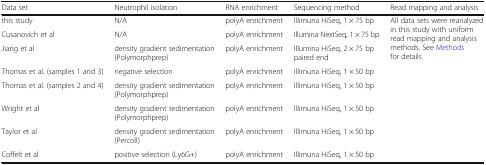
| Data set | Neutrophil isolation | RNA enrichment | Sequencing method | Read mapping and analysis |
 | --- | --- | --- | --- | --- |
 | this study | N/A | polyA enrichment | Illimuna HiSeq, 1 × 75 bp | <ROWSPAN=8> All data sets were reanalyzed in this study with uniform read mapping and analysis methods. See Methods for details |
 | Cusanovich et al | N/A | polyA enrichment | Illumina NextSeq, 1 × 75 bp |
 | Jiang et al | density gradient sedimentation (Polymorphprep) | polyA enrichment | Illumina HiSeq, 2 × 75 bp paired end |
 | Thomas et al. (samples 1 and 3) | negative selection | polyA enrichment | Illimuna HiSeq, 1 × 50 bp |
 | Thomas et al. (samples 2 and 4) | density gradient sedimentation (Polymorphprep) | polyA enrichment | Illimuna HiSeq, 1 × 50 bp |
 | Wright et al | density gradient sedimentation (Polymorphprep) | polyA enrichment | Illimuna HiSeq, 1 × 50 bp |
 | Taylor et al | density gradient sedimentation (Percoll) | polyA enrichment | Illimuna HiSeq, 1 × 50 bp |
 | Coffelt et al | positive selection (Ly6G+) | polyA enrichment | Illimuna HiSeq, 1 × 50 bp |